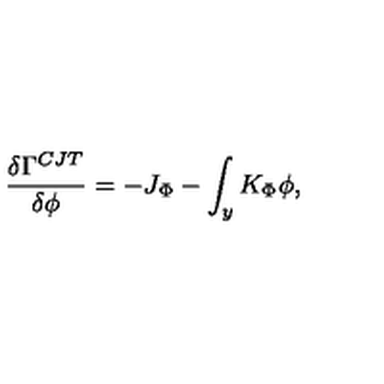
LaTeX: { \frac { \delta \Gamma ^ { C J T } } { \delta \phi } } = - J _ { \Phi } - \int _ { y } K _ { \Phi } \phi ,